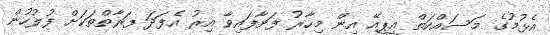
އެޅުމުގެ މަސައްކަތް އީޕީއޭ އިން މިހާރު ފަށާފައިވާ އިރު އެފަދަ ފަރާތްތަކަށް ފުލުހުން